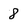
Character: 8